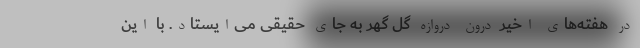
در هفته‌های اخیر درون دروازه گل گهر به جای حقیقی می‌ایستاد. با این